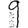
Digit: 9